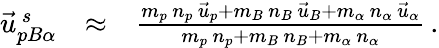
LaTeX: \begin{array}{rlr}{\vec{u}_{pB\alpha}^{\, s}}&{\approx}&{\frac{m_{p}\, n_{p}\, \vec{u}_{p}+m_{B}\, n_{B}\, \vec{u}_{B}+m_{\alpha}\, n_{\alpha}\, \vec{u}_{\alpha}}{m_{p}\, n_{p}+m_{B}\, n_{B}+m_{\alpha}\, n_{\alpha}}\, .}\end{array}